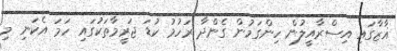
ޣާޒާގައި އިސްރާއީލުން ހިންގަމުން ގެންދާ ރަހުމު ކުޑަ ޖަރީމާތަކުގައި ހަމަ އެކަނި މި